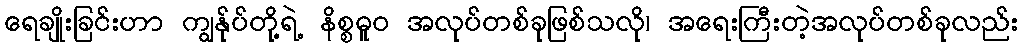
ရေချိုးခြင်းဟာ ကျွနု်ပ်တို့ရဲ့ နိစ္စဓူဝ အလုပ်တစ်ခုဖြစ်သလို၊ အရေးကြီးတဲ့အလုပ်တစ်ခုလည်း